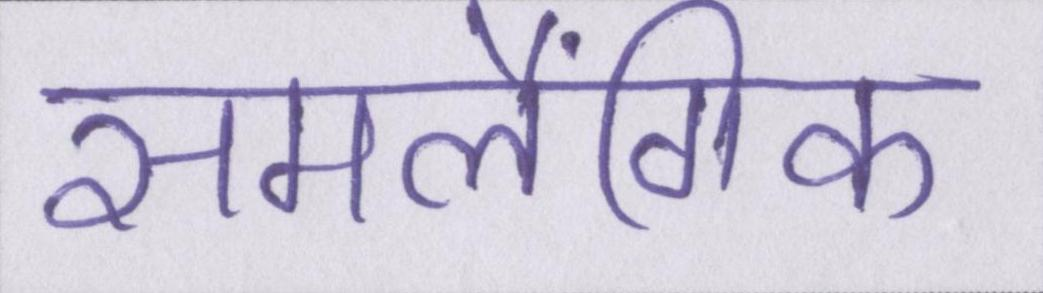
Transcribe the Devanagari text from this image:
समलैंगिक